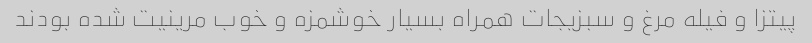
پیتزا و فیله مرغ و سبزیجات همراه بسیار خوشمزه و خوب مرینیت شده بودند